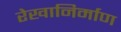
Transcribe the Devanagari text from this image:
रेखानिर्माण